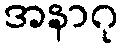
အနာဂု